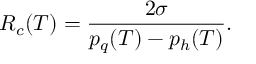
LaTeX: R _ { c } ( T ) = { \frac { 2 \sigma } { p _ { q } ( T ) - p _ { h } ( T ) } } .